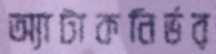
অ্যাটাকনির্ভর